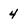
Character: 4